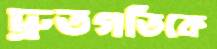
দ্রুতগতিকে